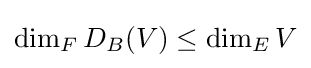
\dim _{F}D_{B}(V)\leq \dim _{E}V